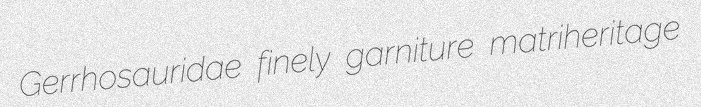
Gerrhosauridae finely garniture matriheritage